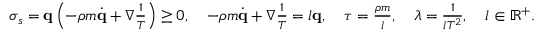
\begin{array} { r } { \sigma _ { s } = \mathbf q \left( - \rho m \dot { \mathbf q } + \nabla \frac { 1 } { T } \right) \geq 0 , \quad - \rho m \dot { \mathbf q } + \nabla \frac { 1 } { T } = l \mathbf q , \quad \tau = \frac { \rho m } { l } , \quad \lambda = \frac { 1 } { l T ^ { 2 } } , \quad l \in \mathbb R ^ { + } . } \end{array}